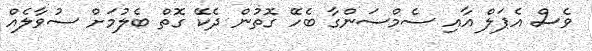
ވެސް އެޕަލް އާއި ސެމްސަންގާ ބެހޭ ގޮތުން ދެކޭ ގޮތް ބެލުމަށް ސުވާލެއް